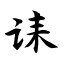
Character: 诔